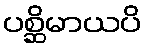
ပစ္ဆိမာယပိ